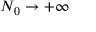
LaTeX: N _ { 0 } \to + \infty